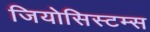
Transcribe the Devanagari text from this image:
जियोसिस्टम्स